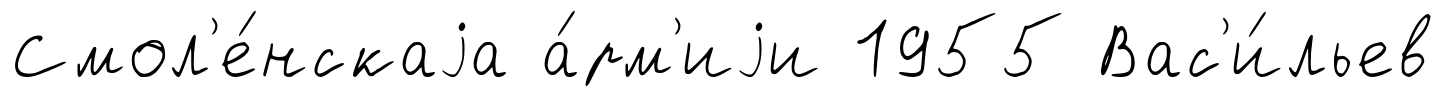
Смол'е́нскаjа а́рм'иjи 1955 Вас'и́льев